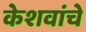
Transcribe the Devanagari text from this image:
केशवांचे